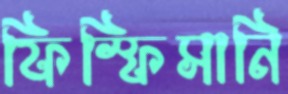
ফিস্‌ফিসানি